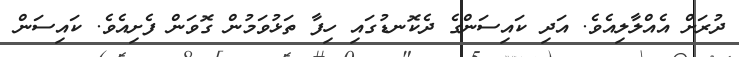
ދުރަށް އެއްލާލިއެވެ. އަދި ކައިސަންގެ ދެކޮނޑުގައި ހިފާ ތަޅުވަމުން ގޮވަން ފެށިއެވެ. ކައިސަން